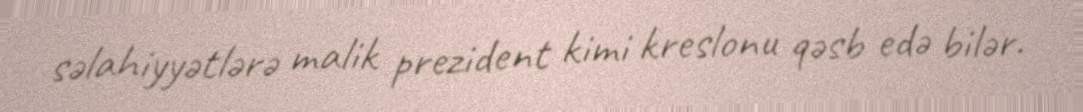
səlahiyyətlərə malik prezident kimi kreslonu qəsb edə bilər.